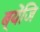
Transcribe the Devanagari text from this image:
ब्येंजि